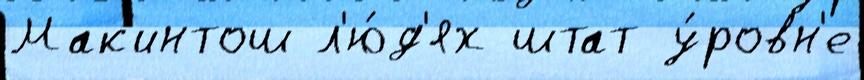
Мак'интош л'ю́д'ях штат у́ровн'е